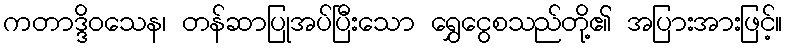
ကတာဒ္ဒိဝသေန၊ တန်ဆာပြုအပ်ပြီးသော ရွှေငွေစသည်တို့၏ အပြားအားဖြင့်။